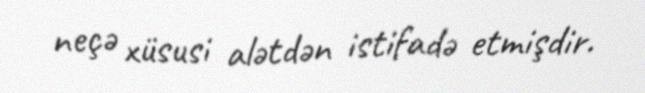
neçə xüsusi alətdən istifadə etmişdir.